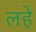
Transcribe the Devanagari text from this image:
लहे